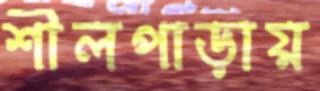
শীলপাড়ায়